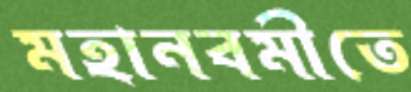
মহানবমীতে